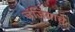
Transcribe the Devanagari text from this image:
जंजिय्राचे